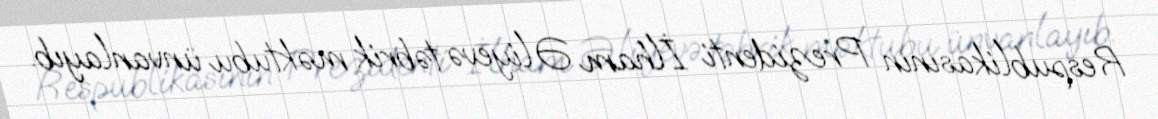
Respublikasının Prezidenti İlham Əliyevə təbrik məktubu ünvanlayıb.